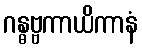
ဂန္ဓဗ္ဗကာယိကာနံ